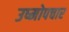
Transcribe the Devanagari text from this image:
उष्मोपचार